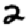
Digit: 2